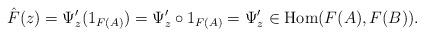
LaTeX: \begin{align*} \hat F(z)= \Psi'_{z} (1_{F(A)}) = \Psi'_{z} \circ 1_{F(A)} = \Psi'_{z} \in \mbox{Hom}(F(A),F(B)).\end{align*}